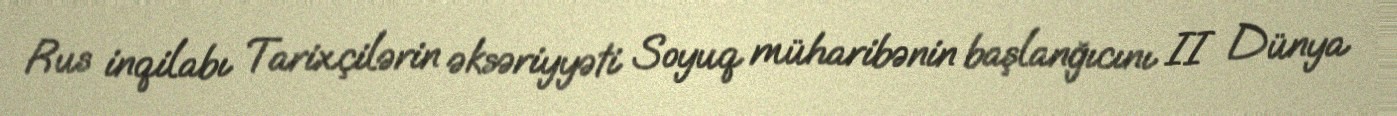
Rus inqilabı Tarixçilərin əksəriyyəti Soyuq müharibənin başlanğıcını II Dünya